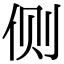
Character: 侧